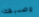
وصديقك